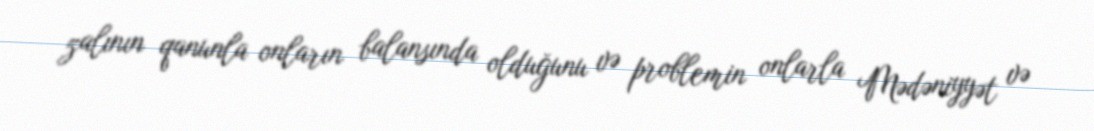
zalının qanunla onların balansında olduğunu və problemin onlarla Mədəniyyət və